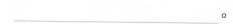
\underline。